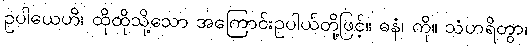
ဥပါယေဟိ၊ ထိုထိုသို့သော အကြောင်းဥပါယ်တို့ဖြင့်။ ဓနံ၊ ကို။ သံဟရိတွာ၊